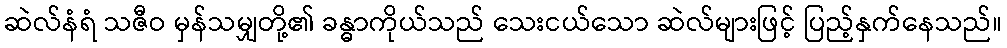
ဆဲလ်နံရံ သဇီဝ မှန်သမျှတို့၏ ခန္ဓာကိုယ်သည် သေးငယ်သော ဆဲလ်များဖြင့် ပြည့်နှက်နေသည်။